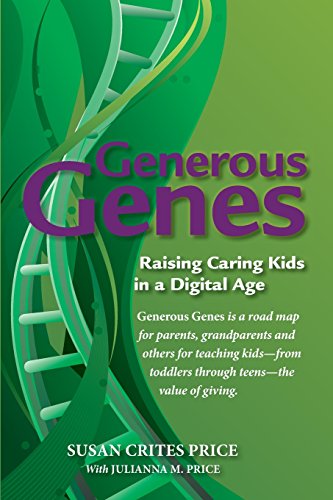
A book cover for Generous Genes: Raising Caring Kids in a Digital Age; Susan Crites Price; Parenting & Relationships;